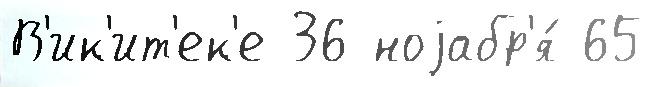
В'ик'ит'ек'е 36 ноjабр'я́ 65